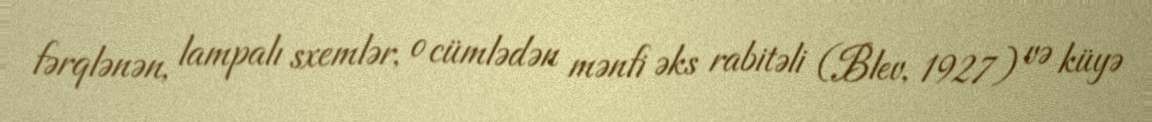
fərqlənən, lampalı sxemlər, o cümlədən mənfi əks rabitəli (Blev, 1927) və küyə